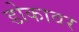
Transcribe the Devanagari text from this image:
डोकावर